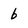
Character: b